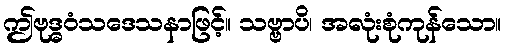
ဤဗုဒ္ဓဝံသဒေသနာဖြင့်။ သဗ္ဗာပိ၊ အလုံးစုံကုန်သော။